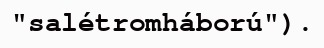
"salétromháború").